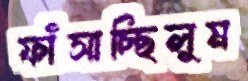
ফাঁসাচ্ছিলুম